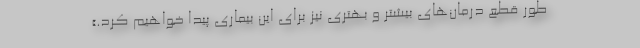
طور قطع درمان‌های بیشتر و بهتری نیز برای این بیماری پیدا خواهیم کرد.»